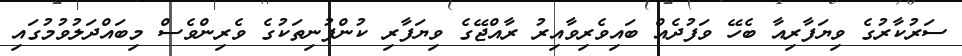
ސަރުކާރުގެ ވިޔަފާރިއާ ބެހޭ ވަފުދެއް ބައިވެރިވާއިރު ރާއްޖޭގެ ވިޔަފާރި ކުންފުނިތަކުގެ ވެރިންވެސް މިބައްދަލުވުމުގައި